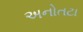
અનોતટા